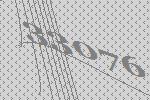
33076